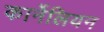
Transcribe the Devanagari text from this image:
कार्नेलियन